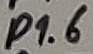
Text: P1.6